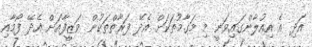
އަދި އެ އިއުލާންގައިވަނީ މި މަގާމުތަކަށް އެދޭ ފަރާތްތަކުން ވަޒީފާއަށް އެދޭ ފޯމާއި